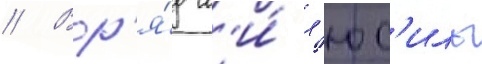
// Вр'я́д л'и́ л'юс'иль